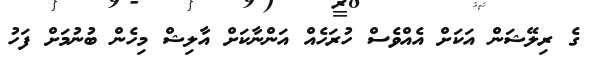
ގެ ރިލޭޝަން އަކަށް އެއްވެސް ހުރަހެއް އަންނާކަށް އާލިޝް މިހެން ބުނުމަށް ފަހު